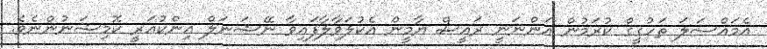
އެމައްސަލަ ތަހުގީގް ކުރަމުން އަންނަނީ ރައީސް ޔާމީން އެކުލަވާލާފައިވާ ނޭޝަނަލް އިންކުއަރީ ކޮމިޝަނުންނެވެ.